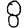
Digit: 8